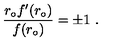
\frac { r _ { \circ } f ^ { \prime } ( r _ { \circ } ) } { f ( r _ { \circ } ) } = \pm 1 \ .